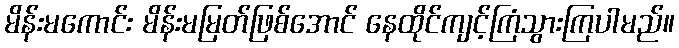
မိန်းမကောင်း မိန်းမမြတ်ဖြစ်အောင် နေထိုင်ကျင့်ကြံသွားကြပါမည်။